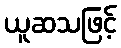
ယူဆသဖြင့်